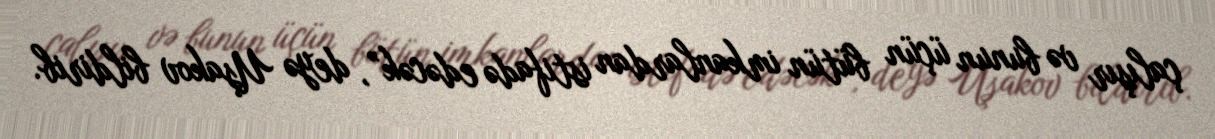
çalışır və bunun üçün bütün imkanlardan istifadə edəcək”, deyə Uşakov bildirib.